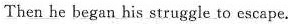
Then he began his struggle to escape